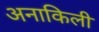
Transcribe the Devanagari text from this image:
अनाकिली